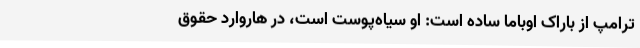
ترامپ از باراک اوباما ساده است: او سیاه‌پوست است، در هاروارد حقوق